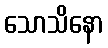
သောသိနော